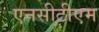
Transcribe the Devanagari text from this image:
एनसीटीएम